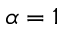
\alpha = 1